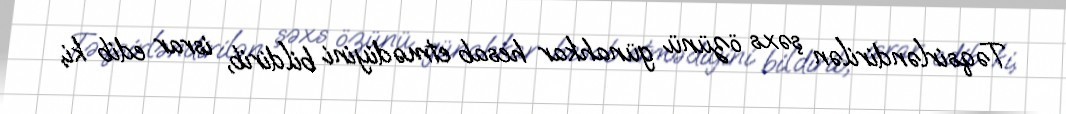
Təqsirləndirilən şəxs özünü günahkar hesab etmədiyini bildirib, israr edib ki,